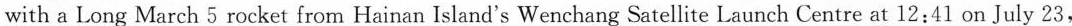
2020. This was the first step that marked the start of China's exploration of the Red Planet.The pro be is